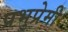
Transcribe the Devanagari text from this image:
प्रभुप्रेमी